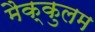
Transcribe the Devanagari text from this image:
मैक्कुलम